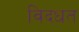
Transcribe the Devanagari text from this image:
विदधत